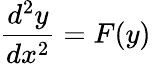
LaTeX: {\frac{d^{2}y}{dx^{2}}}=F(y)\,